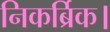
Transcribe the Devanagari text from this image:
निकर्ब्रिक।